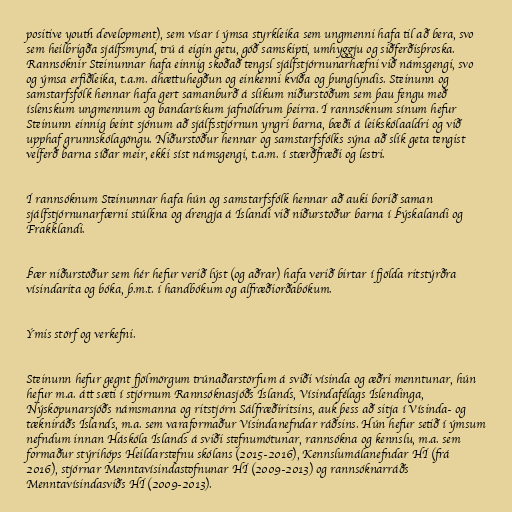
positive youth development), sem vísar í ýmsa styrkleika sem ungmenni hafa til að bera, svo
sem heilbrigða sjálfsmynd, trú á eigin getu, góð samskipti, umhyggju og siðferðisþroska.
Rannsóknir Steinunnar hafa einnig skoðað tengsl sjálfstjórnunarhæfni við námsgengi, svo
og ýmsa erfiðleika, t.a.m. áhættuhegðun og einkenni kvíða og þunglyndis. Steinunn og
samstarfsfólk hennar hafa gert samanburð á slíkum niðurstöðum sem þau fengu með
íslenskum ungmennum og bandarískum jafnöldrum þeirra. Í rannsóknum sínum hefur
Steinunn einnig beint sjónum að sjálfsstjórnun yngri barna, bæði á leikskólaaldri og við
upphaf grunnskólagöngu. Niðurstöður hennar og samstarfsfólks sýna að slík geta tengist
velferð barna síðar meir, ekki síst námsgengi, t.a.m. í stærðfræði og lestri.

Í rannsóknum Steinunnar hafa hún og samstarfsfólk hennar að auki borið saman
sjálfstjórnunarfærni stúlkna og drengja á Íslandi við niðurstöður barna í Þýskalandi og
Frakklandi.

Þær niðurstöður sem hér hefur verið lýst (og aðrar) hafa verið birtar í fjölda ritstýrðra
vísindarita og bóka, þ.m.t. í handbókum og alfræðiorðabókum.

Ýmis störf og verkefni.

Steinunn hefur gegnt fjölmörgum trúnaðarstörfum á sviði vísinda og æðri menntunar, hún
hefur m.a. átt sæti í stjórnum Rannsóknasjóðs Íslands, Vísindafélags Íslendinga,
Nýsköpunarsjóðs námsmanna og ritstjórn Sálfræðiritsins, auk þess að sitja í Vísinda- og
tækniráðs Íslands, m.a. sem varaformaður Vísindanefndar ráðsins. Hún hefur setið í ýmsum
nefndum innan Háskóla Íslands á sviði stefnumótunar, rannsókna og kennslu, m.a. sem
formaður stýrihóps Heildarstefnu skólans (2015-2016), Kennslumálanefndar HÍ (frá
2016), stjórnar Menntavísindastofnunar HÍ (2009-2013) og rannsóknarráðs
Menntavísindasviðs HÍ (2009-2013).